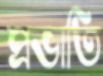
প্রভাতি